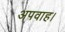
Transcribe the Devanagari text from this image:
अपवाह।